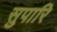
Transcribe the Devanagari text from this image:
सुपारि